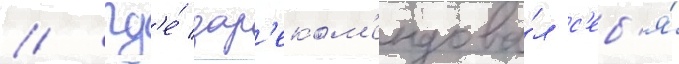
/ гд'е́ зар'еком'ендова́л с'еб'я́